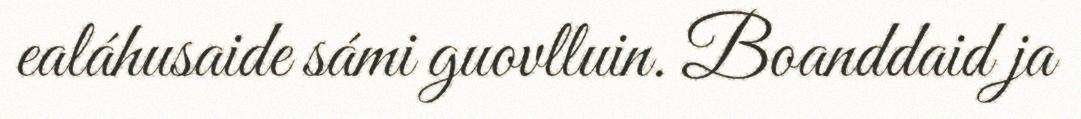
ealáhusaide sámi guovlluin. Boanddaid ja